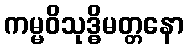
ကမ္မဝိသုဒ္ဓိမတ္တနော